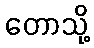
တောသို့